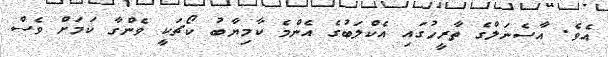
އެވެ. އާސެނަލްގެ ތާރީހުގައި އެކްލަބުގެ އެންމެ ކާމިޔާބު ކޯޗަކީ ވެންގާ ކަމަށް ވެސް